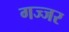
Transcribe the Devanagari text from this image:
गज्जर